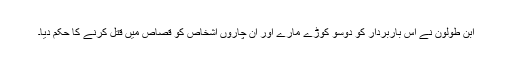
ابن طولون نے اس باربردار کو دوسو کوڑے مارے اور اُن چاروں اشخاص کو قصاص میں قتل کرنے کا حکم دیا۔